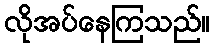
လိုအပ်နေကြသည်။